Vaccination Hyderabad 1890-1903 - 1890-1903
Year: 1890
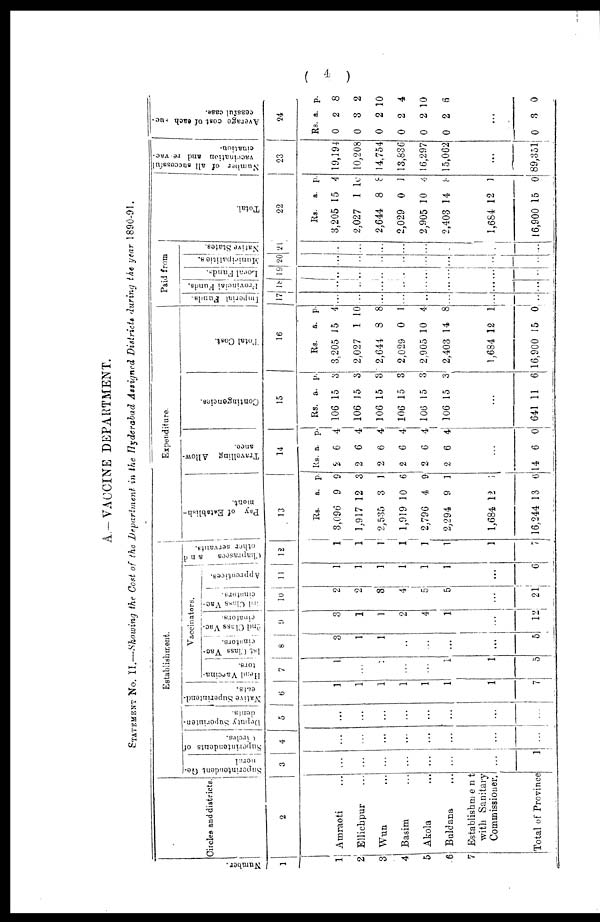
( 4 )
A.—VACCINE DEPARTMENT.
STATEMENT NO. II.—Showing the Cost of the Department in the Hyderabad Assigned Districts during the year 1890-91.
Number.
1
1
2
3
4
5
6
7
Circles and districts.
2
Amraoti ...
Ellichpur ...
Wun ...
Basim ...
Akola ...
Baldana ...
Establishment
with Sanitary
Commissioner.
Total of Province
Establishment.
Superintendent Ge-
neral.
3
...
...
...
...
...
...
...
1
Superintendents of
Circles.
4
...
...
...
...
...
...
...
...
Deputy Superinten-
dents.
5
...
...
...
...
...
...
...
...
Native Superintend-
ents.
6
1
1
1
1
1
1
1
7
Vaccinators.
Head Vaccina-
tors.
7
1
...
1
...
...
1
1
5
1st Class Vac-
cinators.
8
3
1
1
...
...
...
...
5
2nd Class Vac-
cinators.
9
3
1
1
2
4
1
...
12
3rd Class Vac-
cinators.
10
2
2
3
4
5
5
...
21
Apprentices.
11
1
1
1
1
1
1
...
6
Chaprasees
and
other servants.
12
1
1
1
1
1
1
1
7
Expenditure.
Pay of Eatablish-
ment.
13
Rs.
3,096
1,917
2,535
1,919
2,796
2,294
1,684
16,244
a.
9
12
3
10
4
9
12
13
p.
9
3
1
6
9
1
1
6
Travelling Allow-
ance.
14
Rs.
2
2
2
2
2
2
a.
6
6
6
6
6
6
p.
4
4
4
4
4
4
...
14 6 0
Contingencies.
15
Rs.
106
106
106
106
106
106
a.
15
15
15
15
15
15
p.
3
3
3
3
3
3
...
641 11 6
Total Cost.
16
Rs.
3,205
2,027
2,644
2,029
2,905
2,403
1,684
16,900
a.
15
1
8
0
10
14
12
15
p.
4
10
8
1
4
8
1
0
Paid from
Imperial Funds.
17
...
...
...
...
...
...
...
...
Provincial Funds.
18
...
...
...
...
...
...
...
...
Local Funds.
19
...
...
...
...
...
...
...
...
Municipalities.
20
...
...
...
...
...
...
...
...
Native States.
21
...
...
...
...
...
...
...
...
Total.
22
Rs.
3,205
2,027
2,644
2,029
2,905
2,403
1,684
16,900
a.
15
1
8
0
10
14
12
15
p.
4
10
8
1
4
8
1
0
Number of all successful
vaccination and re-vac-
cination.
23
19,194
10,208
14,754
13,836
16,297
15,062
...
89,351
Average cost of each suc-
cessful case.
24
Rs.
0
0
0
0
0
0
a.
2
3
2
2
2
2
p.
8
2
10
4
10
6
...
0 3 0